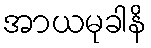
အာယမုခါနိ